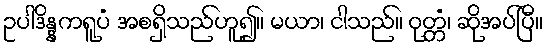
ဥပါဒိန္နကရူပံ အစရှိသည်ဟူ၍။ မယာ၊ ငါသည်။ ဝုတ္တံ၊ ဆိုအပ်ပြီ။